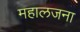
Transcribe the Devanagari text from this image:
महालजना